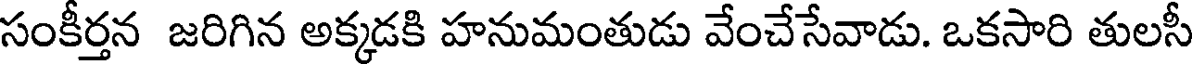
సంకీర్తన జరిగిన అక్కడకి హనుమంతుడు వేంచేసేవాడు. ఒకసారి తులసీ